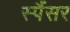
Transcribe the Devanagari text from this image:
स्पैंसर